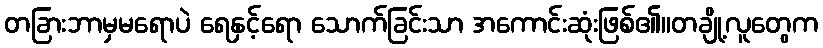
တခြားဘာမှမရောပဲ ရေနှင့်ရော သောက်ခြင်းသာ အကောင်းဆုံးဖြစ်၏။တချို့လူတွေက